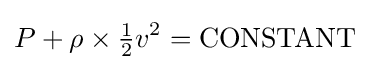
P+\rho \times {\tfrac {1}{2}}v^{2}={\text{CONSTANT}}